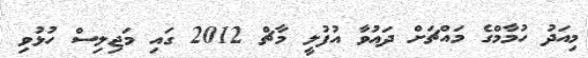
މިއަދު ހުމާމްގެ މައްޗަށް ދައުވާ އުފުލީ މާޗް 2012 ގައި މަޖިލިސް ހުޅުވި